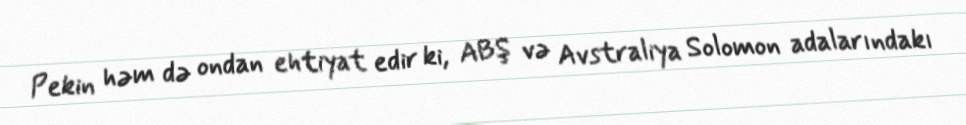
Pekin həm də ondan ehtiyat edir ki, ABŞ və Avstraliya Solomon adalarındakı